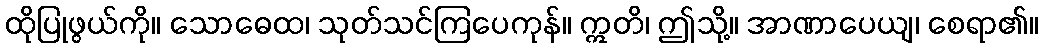
ထိုပြုဖွယ်ကို။ သောဓေထ၊ သုတ်သင်ကြပေကုန်။ ဣတိ၊ ဤသို့။ အာဏာပေယျ၊ စေရာ၏။